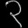
Digit: ၃